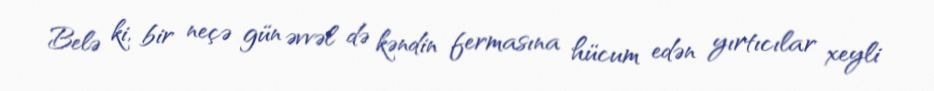
Belə ki, bir neçə gün əvvəl də kəndin fermasına hücum edən yırtıcılar xeyli